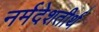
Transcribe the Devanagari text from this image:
नर्मदेशतीर्थ